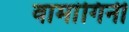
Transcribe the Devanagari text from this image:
वामांगिनी